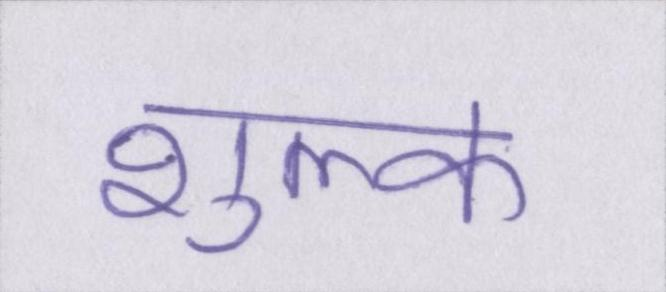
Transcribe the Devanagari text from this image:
शुल्क